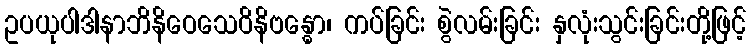
ဥပယုပါဒါနာဘိနိဝေသေဝိနိဗန္ဓော၊ ကပ်ခြင်း စွဲလမ်းခြင်း နှလုံးသွင်းခြင်းတို့ဖြင့်